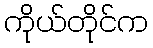
ကိုယ်တိုင်က